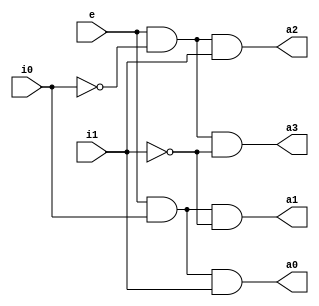
`timescale 1ns / 1ps
//////////////////////////////////////////////////////////////////////////////////
// Company: 
// Engineer: 
// 
// Design Name: 
// Module Name: decoder2to4
// Project Name: 
// Target Devices: 
// Tool Versions: 
// Description: 
// 
// Dependencies: 
// 
// Revision:
// Revision 0.01 - File Created
// Additional Comments:
// 
//////////////////////////////////////////////////////////////////////////////////


module decoder2to4 (a0,a1,a2,a3,e,i0,i1);
output a0,a1,a2,a3;
input e,i0,i1;

assign a0 = (e & i0 & i1);
assign a1 = (e & i0 & ~i1);
assign a2 = (e & ~i0 & i1);
assign a3 = (e & ~i0 & ~i1);

endmodule